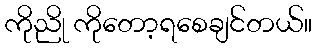
ကိုညို ကိုတော့ရစေချင်တယ်။